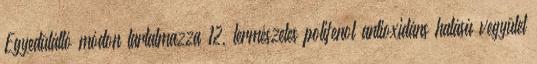
Egyedülálló módon tartalmazza 12, természetes polifenol antioxidáns hatású vegyület